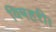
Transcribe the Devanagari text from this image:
विषहरी।